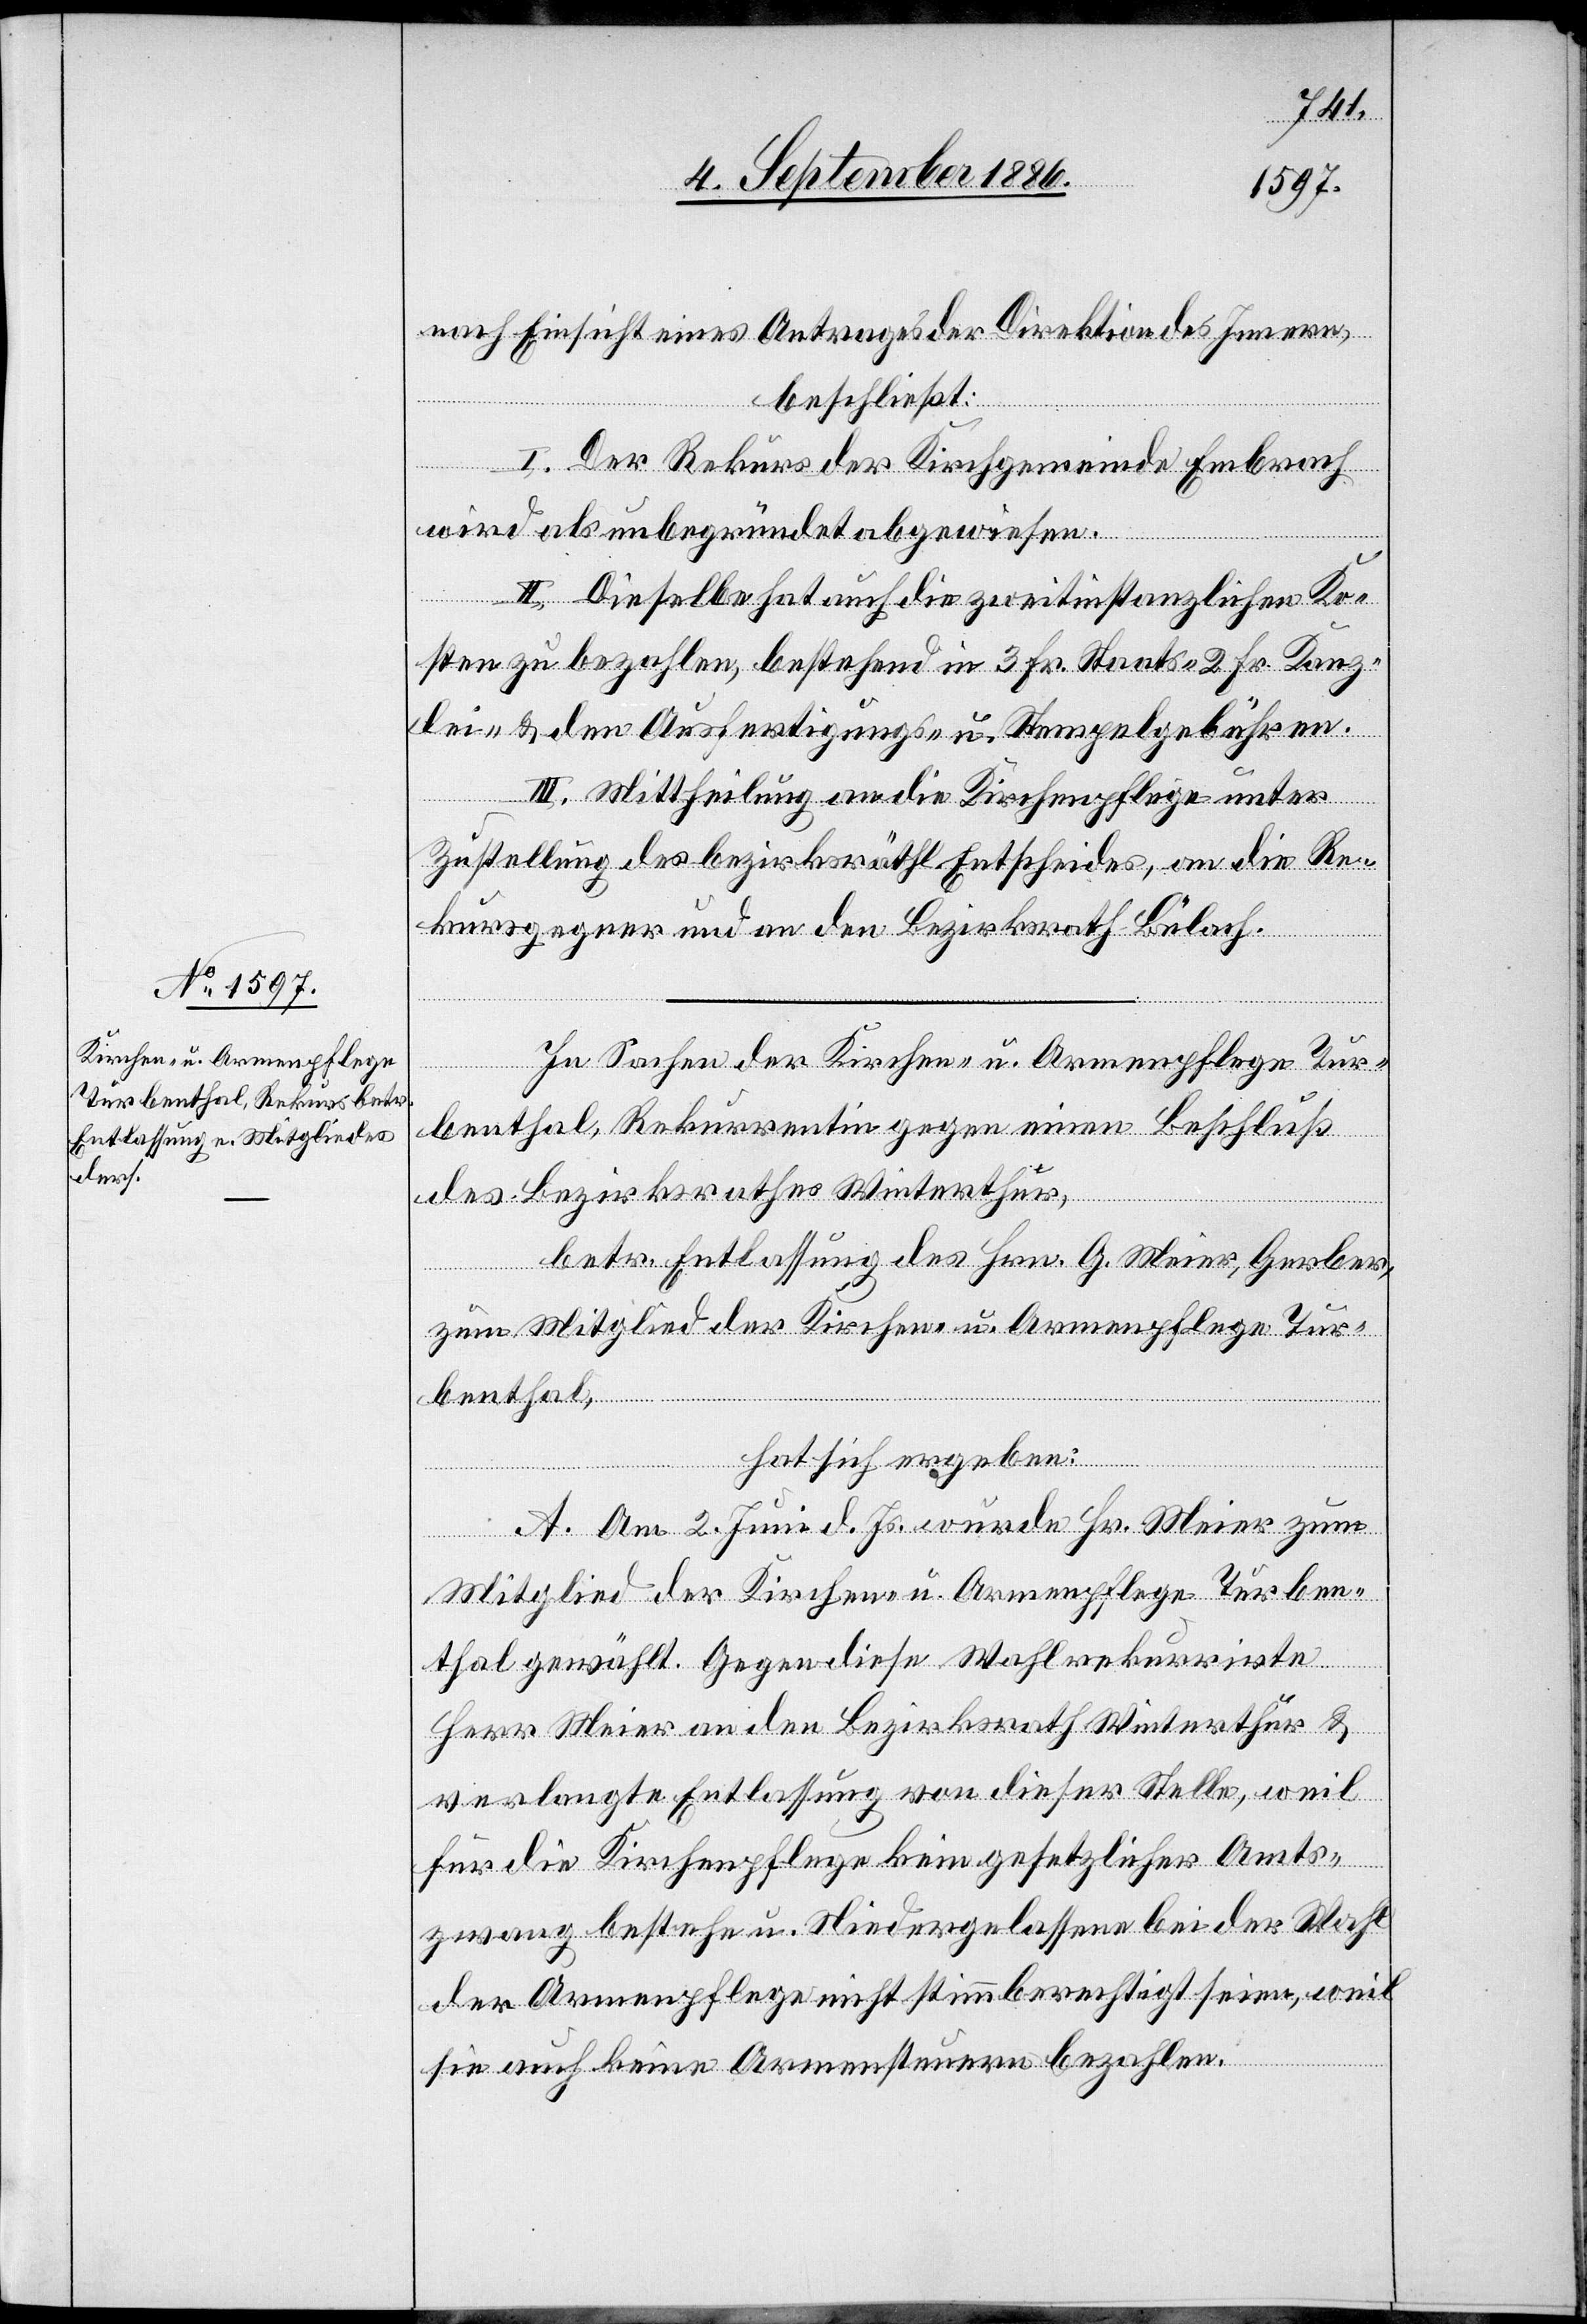
nach Einsicht eines Antrages der Direktion des Innern,
beschließt:
Hrn.
Gerber,
I. Der Rekurs der Kirchgemeinde Embrach
wird als unbegründet abgewiesen.
II. Dieselbe hat auch die zweitinstanzlichen Ko¬
sten zu bezahlen, bestehend in 3 Fr. Staats-, 2 Fr. Kanz¬
lei- & den Ausfertigungs- Stempelgebühren.
III. Mittheilung an die Kirchenpflege unter
Zustellung des bezirksräthl. Entscheides, an die Re¬
kursgegner und an den Bezirksrath Bülach.
In Sachen der Kirchen- u. Armenpflege Tur¬
benthal, Rekurrentin gegen einen Beschluß
des Bezirksrathes Winterthur,
zum Mitglied der Kirchen- u. Armenpflege Tur¬
benthal,
hat sich ergeben:
A. Am 2. Juni d. Js. wurde Hr. Meier zum
Mitglied der Kirchen- u. Armenpflege Turben¬
thal gewählt. Gegen diese Wahl rekurrirte
Herr Meier an den Bezirksrath Winterthur &
verlangte Entlassung von dieser Stelle, weil
für die Kirchenpflege kein gesetzlicher Amts¬
zwang bestehe u. Niedergelassene bei der Wahl
der Armenpflege nicht stimmberechtigt seien, weil
sie auch keine Armensteuern bezahlen.